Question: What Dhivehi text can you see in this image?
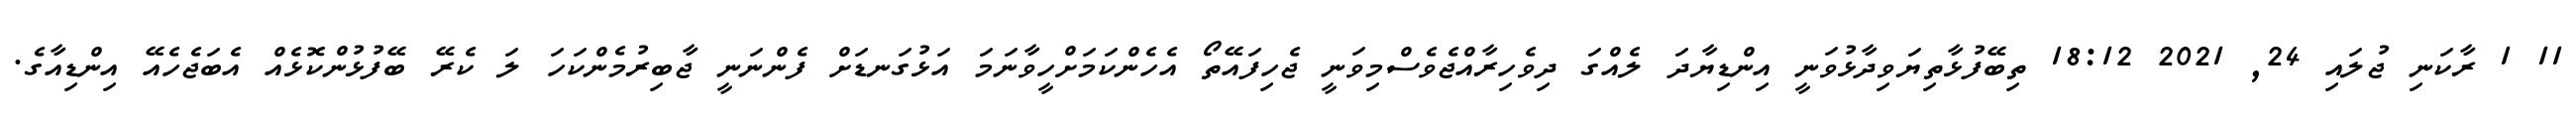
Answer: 11 1 ރާކަނި ޖުލައި 24, 2021 18:12 ތިބޭފުޅާތިޔަވިދާޅުވަނީ އިންޑިޔާދަ ލެއްގަ ދިވެހިރާއްޖެވެސްމިވަނީ ޖެހިފައޭތޯ އެހެންކަމަށްހީވާނަމަ އަޅުގަނޑަށް ފެންނަނީ ޖާބިރުމެންކަހަ ލަ ކެރޭ ބޭފުޅުންކޮޅެއް އެބަޖެހެއޭ އިންޑިއާގެ.